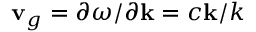
{ \bf v } _ { g } = \partial \omega / \partial { \bf k } = c { \bf k } / k